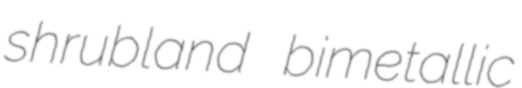
shrubland bimetallic